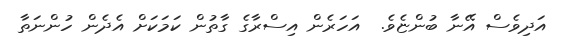
އަދިވެސް އޭނާ ބުންޏެވެ.  އަހަރެން އިސްރާގެ ގާތުން ކަމަކަށް އެދެން ހުންނަތާ